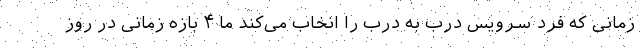
زمانی که فرد سرویس درب به درب را انخاب می‌کند ما ۴ بازه زمانی در روز